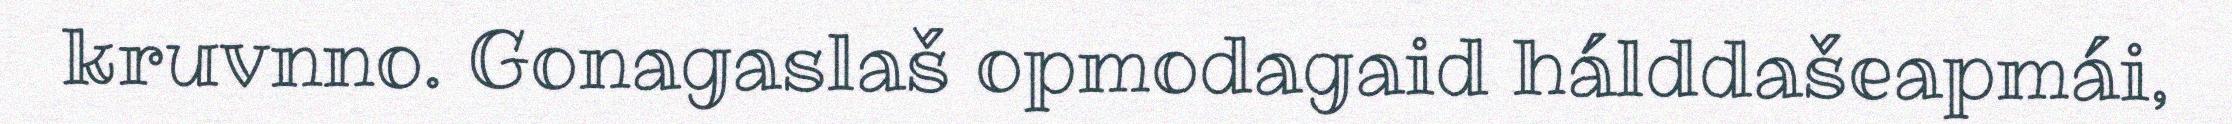
kruvnno. Gonagaslaš opmodagaid hálddašeapmái,